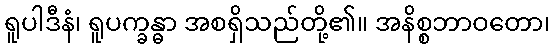
ရူပါဒီနံ၊ ရူပက္ခန္ဓာ အစရှိသည်တို့၏။ အနိစ္စဘာဝတော၊